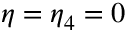
\eta = \eta _ { 4 } = 0